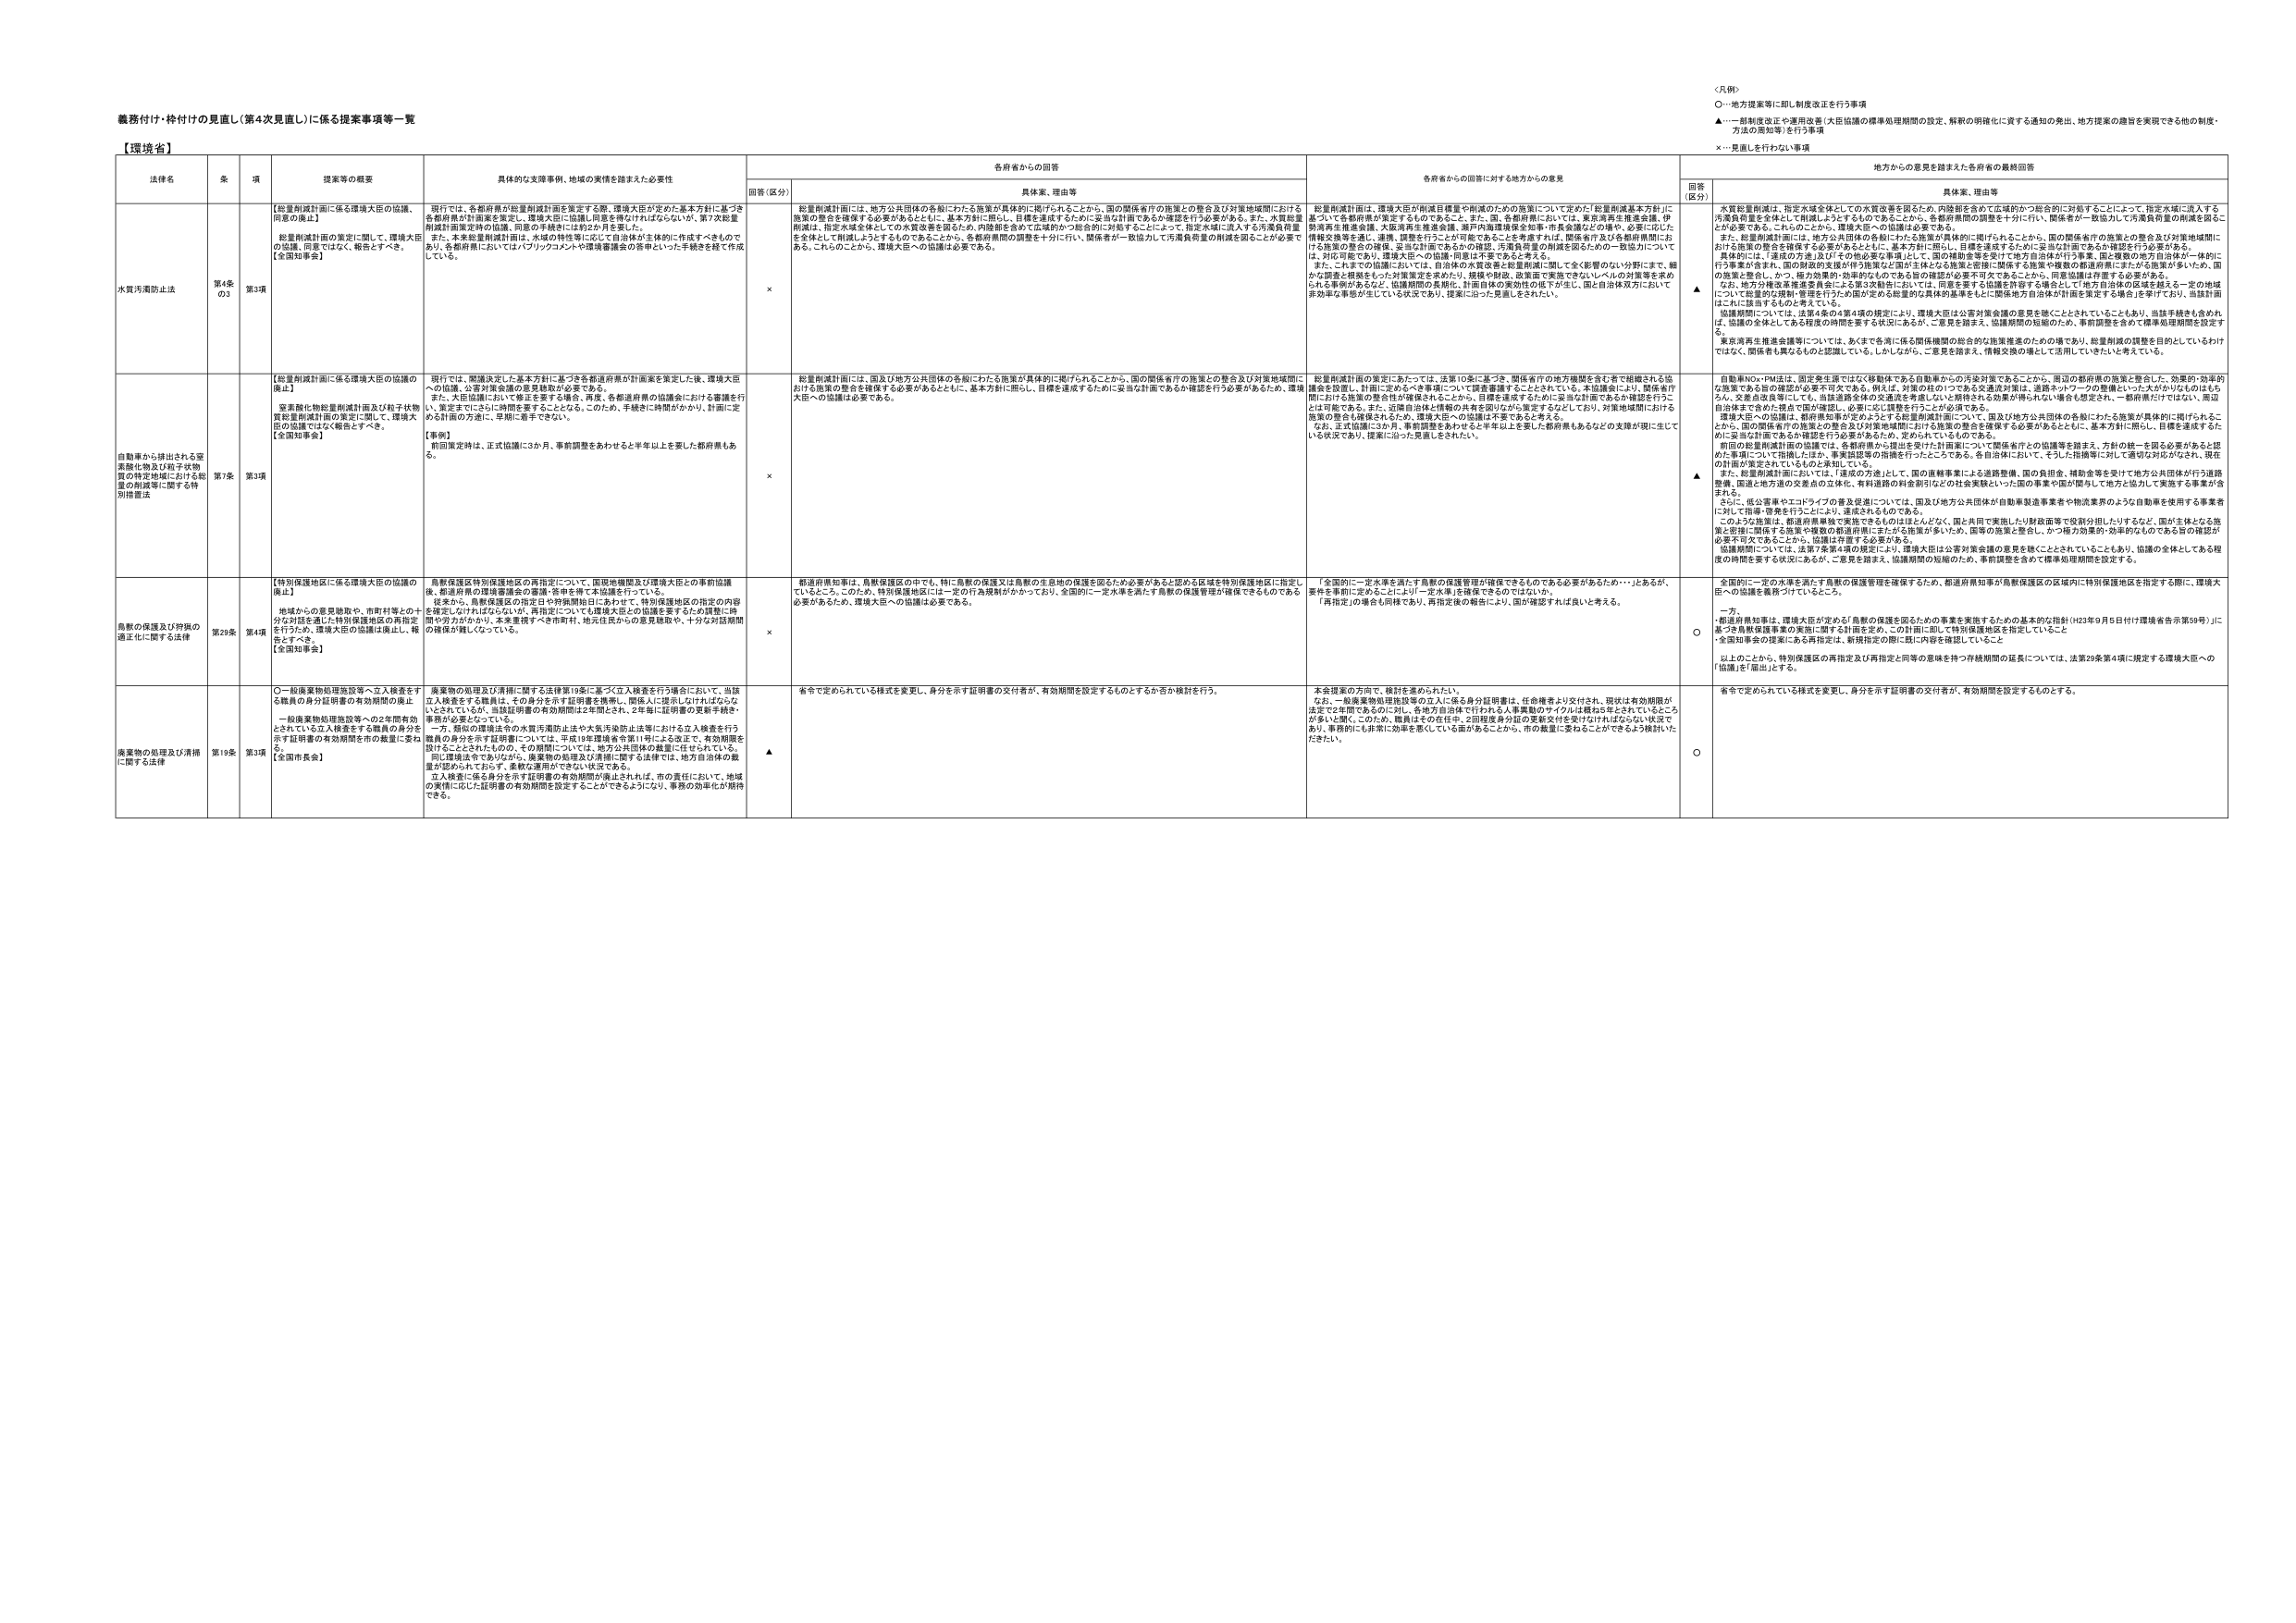
義務付け・枠付けの見直し（第4次見直し）に係る提案事項等一覧

【環境省】

法律名 | 条 | 項 | 提案等の概要 | 具体的な支援事例、地域の実情を踏まえた必要性 | 各所有からの回答 | 各所有からの回答に対する地方からの意見 | 地方からの意見を踏まえた各所有の最終回答
--- | --- | --- | --- | --- | --- | --- | ---
| | | | | 回答（区分） | 具体案、理由等 | | 回答（区分） | 具体案、理由等

水質汚濁防止法 | 第4条の3 | 第3項 | 【総量削減計画に係る環境大臣の協議、同意の廃止】<br>総量削減計画の策定に関して、環境大臣の協議、同意ではなく、報告とすべき。<br>【全国知事会】 | 現行では、各都府県が総量削減計画を策定する際、環境大臣が定めた基本方針に基づき各都府県が計画案を策定し、環境大臣に協議・同意を要付けられているが、第7次総量削減計画策定時の協議、同意の手続きには約2か月を要した。<br>また、本来総量削減計画は、水域の特性等に応じて自治体が主体的に作成すべきものであり、各都府県においてはパブリックコメントや環境調査の結果といった手続きを経て作成している。 | × | 総量削減計画は、地方公共団体の各般にわたる施策が具体的に掲げられることから、国の関係省庁の施策との整合及び対策地域間における施策の整合を確保する必要があるとともに、基本方針に照らし、目標を達成するために妥当な計画であるか確認を行う必要がある。また、水質総量削減は、指定水域全体としての水質改善を図るため、内陸部を含めて広域的かつ総合的に対処することによって、指定水域に流入する汚濁負荷量を全体として削減しようとするものであることから、各都府県間の調整を十分に行い、関係者が一致協力して汚濁負荷量の削減を図ることが必要である。これらのことから、環境大臣への協議は必要である。 | 総量削減計画は、環境大臣が削減目標量や削減のための施策について定めた「総量削減基本方針」に基づいて各都府県が策定するものであることから、各都府県においては、事前調整会議委員会、伊勢湾再生推進会議、大阪湾再生推進会議、瀬戸内海環境保全知事・市長会議などの場や、必要に応じた情報交換等を通じ、連携、調整を行うことが可能であることを考慮する。関係省庁及び各都府県間においても施策の整合の検証、妥当な計画であるかの確認、汚濁負荷量の削減を図るための一致協力については、対応可能であり、環境大臣への協議・同意は不要であると考える。<br>また、これまでの協議においては、自治体の水質改善と総量削減に関して全く影響のない分野にまで、細かな調査と根拠をもった対策策定を求めたり、規模や財政、政策面で実施できないレベルの対策等を求められる事例があるなど、協議期間の長期化、計画自体の実効性の低下が生じ、国と自治体双方において非効率な事態が生じている状況であり、提案に沿った見直しがされたい。 | ▲ | 水質総量削減は、指定水域全体としての水質改善を図るため、内陸部を含めて広域的かつ総合的に対処することによって、指定水域に流入する汚濁負荷量を全体として削減しようとするものであることから、各都府県間の調整を十分に行い、関係者が一致協力して汚濁負荷量の削減を図ることが必要である。このことから、環境大臣への協議は必要である。<br>また、総量削減計画には、地方公共団体の各般にわたる施策が具体的に掲げられることから、国の関係省庁の施策との整合及び対策地域間における施策の整合を確保する必要があるとともに、基本方針に照らし、目標を達成するために妥当な計画であるか確認を行う必要がある。<br>具体的には、「達成の方法」及び「その他の必要な事項」として、国の補助金等を受けて地方自治体が行う事業、国と複数の地方自治体が一体的に行う事業が含まれ、国の財政的支援が伴う施策など国が主体となる施策と密接に関係する施策や複数の都道府県にまたがる施策が多いため、国の施策と整合し、かつ、極力効果的・効率的であるための総合的な検討が必要不可欠であるところから、同意協議は存続する必要がある。<br>なお、地方分権改革推進委員会による第3次勧告においては、同意を要する協議を許容する場合として地方自治体の区域を越える一定の地域について総量的な規制・管理を行うために国が定める総量的な具体的基準をもとに関係地方自治体が計画を策定する場合を挙げており、当該計画はこれに該当するものと考えている。<br>協議期間については、法第4条の4第4項の規定により、環境大臣は公害対策会議の意見を聴くこととされていることもあり、当該手続きも含めれば、協議の全体としてある程度の時間を要する状況にあるが、ご意見を踏まえ、協議期間の短縮のため、事前調整を含めて標準処理期間を設定するほか、関係省も関わるものを把握している。しかしながら、ご意見を踏まえ、情報交換の場として活用していきたいと考えている。<br>東京湾再生推進会議等については、あくまで各県に係る関係機関の総合的な施策推進のための場であり、総量削減の調整を目的としているわけではなく、関係省も関わるものを把握している。しかしながら、ご意見を踏まえ、情報交換の場として活用していきたいと考えている。

自動車から排出される窒素酸化物及び粒子状物質の特定地域における総量の削減等に関する特別措置法 | 第7条 | 第3項 | 【総量削減計画に係る環境大臣の協議の廃止】<br>窒素酸化物総量削減計画及び粒子状物質総量削減計画の策定に関して、環境大臣の協議ではなく報告とすべき。<br>【全国知事会】 | 現行では、閣議決定した基本方針に基づき各都道府県が計画案を策定した後、環境大臣への協議、公害対策会議の意見聴取が必要である。<br>また、大臣協議において修正を要する場合、再度、各都道府県の協議会における審議を行い、策定までにさらに時間を要することとなる。このため、手続きに時間がかかり、計画に定める計画の方法に、早期に着手できない。<br>【事例】<br>前回策定時は、正式協議に3か月、事前調整をあわせると半年以上を要した都府県もある。 | × | 総量削減計画には、国及び地方公共団体の各般にわたる施策が具体的に掲げられることから、国の関係省庁の施策との整合及び対策地域間における施策の整合を確保する必要があるとともに、基本方針に照らし、目標を達成するために妥当な計画であるか確認を行う必要があるため、環境大臣への協議は必要である。 | 総量削減計画の策定にあたっては、法第10条に基づき、関係省庁の地方機関を含む者で組織される協議会を設置し、計画に定めるべき事項について調整審議することとされている。本協議会により、関係省庁間における施策の整合性が確保されることから、目標を達成するために妥当な計画であるか確認を行うことは可能である。また、近隣自治体と情報の共有を図りながら策定することにより、対策地域間における施策の整合も確保されるため、環境大臣への協議は不要であると考える。<br>なお、正式協議に3か月、事前調整をあわせると半年以上を要した都府県もあるなどの支障が現に生じている状況であり、提案に沿った見直しがされたい。 | ▲ | 自動車NOx・PMは、固定発生源ではなく移動体である自動車からの汚染対策であることから、周辺の都府県の施策と整合した、効果的・効率的な施策である旨の確認が必要不可欠である。例えば、対策の柱の1つである交通流対策は、道路ネットワークの整備といった大がかりなものももちろん、交通負荷度等にしても、当該道路全体の交通流を考慮しないと期待される効果が得られない場合も想定され、一部府県だけではばい、周辺自治体まで含めた視点で国が確認し、必要に応じ調整を行うことが必要である。<br>環境大臣への協議は、都府県知事が必要とすると総量削減計画について、国及び地方公共団体の各般にわたる施策が具体的に掲げられることから、国の関係省庁の施策との整合及び対策地域間における施策の整合を確保する必要があるとともに、基本方針に照らし、目標を達成するために妥当な計画であるか確認を行う必要があるため、定められているものである。<br>前回の総量削減計画の協議では、各都府県から提出を受けた計画案について関係省庁との協議等を踏まえ、方針の統一を図る必要があると認めた事項について指摘したほか、事業規模等の指摘を行ったことである。各自治体において、そうした指摘等に対して適切な対応がなされ、現在の計画が策定されているものと承知している。<br>また、総量削減計画においては、「違反の方法」として、国の直轄事業による道路整備、国の負担金、補助金等を受けて地方公共団体が行う道路整備、国道土地方道の交差点の立体化、有料道路の料金割引などの社会環境といった国の事業や国が関与して地方と協力して実施する事業が含まれる。<br>さらに、低公害車やエコドライブの普及促進については、国及び地方公共団体が自動車製造業者や物流業者とのような自動車を使用する事業者に対して指導・啓発を行うことにより、達成されるものである。<br>このような施策は、都道府県単独で実施できるものはほとんどなく、国と共同で実施したり財政面等で役割分担したりするなど、国が主体となる施策と密接に関係する施策や複数の都道府県にまたがる施策が多いため、国等の施策と整合し、かつ極力効果的・効率的であるための旨の確認が必要不可欠であることから、協議は存置する必要がある。<br>協議期間については、法第7条第4項の規定により、環境大臣は公害対策会議の意見を聴くこととされていることもあり、協議の全体としてある程度の時間を要する状況にあるが、ご意見を踏まえ、協議期間の短縮のため、事前調整を含めて標準処理期間を設定する。

鳥獣の保護及び狩猟の適正化に関する法律 | 第29条 | 第4項 | 【特別保護地区に係る環境大臣の協議の廃止】<br>地域からの意見聴取や、市町村等との十分な対話を通じた特別保護地区の再指定を行うため、環境大臣の協議は廃止し、報告とすべき。<br>【全国知事会】 | 鳥獣保護区特別保護地区の再指定について、国境地帯及び環境大臣との事前協議は、都道府県の環境審議会の審議・合意を得て本協議を行っている。<br>従来から、鳥獣保護区の指定日や特保護地日にあたって、特別保護地区の指定の内容を策定しなければならないが、再指定についても環境大臣との協議を要するため調整に時間がかかりがちであり、本を重視すべき市町村、地元住民からの意見聴取や、十分な対話期間の確保が難しくなっている。 | × | 都道府県知事は、鳥獣保護区の中でも、特に鳥獣の保護又は鳥獣の生息地の保護を図るため必要があると認める区域を特別保護地区に指定しているところ。このため、特別保護地区には一定の行為規制がかかっており、全国的に一定水準を満たす鳥獣の保護管理が確保できるものである必要があるため、環境大臣への協議は必要である。 | 「全国的に一定水準を満たす鳥獣の保護管理が確保できるものである必要があるため……」とあるが、要件を事前に定めることにより「一定水準」を確保できるのではないか。<br>「再指定」の場合は同様であり、再指定後の報告により、国が確認すれば良いと考える。 | ○ | 全国的に一定の水準を満たす鳥獣の保護管理を確保するため、都道府県知事が鳥獣保護区の区域内に特別保護地区を指定する際に、環境大臣への協議を義務づけているところ。<br>一方、<br>都道府県知事は、環境大臣が定める「鳥獣の保護を図るための事業を実施するための基本的な指針（H23年9月5日付け環境省告示第59号）」に基づき鳥獣保護事業の実施に関する計画を定め、この計画に即して特別保護地区を指定していること<br>・全国知事会の提案にある再指定は、新規指定の際に既に内容を確認していること<br>以上のことから、特別保護区の再指定及び再指定と同等の意味を持つ存続期間の延長については、法第29条第4項に規定する環境大臣への「協議」を「届出」とする。

廃棄物の処理及び清掃に関する法律 | 第19条 | 第3項 | ○一般廃棄物処理施設等へ立入検査をする職員の身分証明書の有効期間の廃止<br>一般廃棄物処理施設等への2年間有効とされている立入検査をする職員の身分を示す証明書の有効期間を市の裁量に委ねる。<br>【全国知事会】 | 廃棄物の処理及び清掃に関する法律第19条に基づく立入検査を行う場合において、当該立入検査をする職員は、その身分を示す証明書を携帯し、関係人に提示しなければならないとされているが、当該証明書の有効期間は2年間とされ、2年毎に証明書の更新手続き・事務が必要となっている。<br>一方、類似の環境法令の水質汚濁防止法や大気汚染防止法等における立入検査を行う職員の身分を示す証明書については、平成19年環境省令第11号による改正で、有効期限を設けることとされたものの、その期間については、地方公共団体の裁量に任されている。<br>同じ環境法令でありながら、廃棄物の処理及び清掃に関する法律では、地方自治体の裁量が認められておらず、多数な運用ができにくい状況である。<br>立入検査に係る身分を示す証明書の有効期間が廃止されれば、市の責任において、地域の実情に応じた証明書の有効期間を設定することができるようになり、事務の効率化が期待できる。 | ▲ | 省令で定められている様式を変更し、身分を示す証明書の交付者が、有効期間を設定するものとするか否か検討を行う。 | 本会提案の方向で、検討を進められたい。<br>なお、一般廃棄物処理施設等の立入に係る身分証明書は、任命権者より交付され、現状は有効期限が法定で2年間であるのに加え、各地方自治体で行われる人事異動のサイクルは概ね5年とされているところが多いと聞くことから、職員はその在任中、2回程度身分証の更新交付を受けなければならない状況であり、事務的にも非常に効率を悪くしている面があることから、市の裁量に委ねることができよう検討いただきたい。 | ○ | 省令で定められている様式を変更し、身分を示す証明書の交付者が、有効期間を設定するものとする。

＜凡例＞<br>○…地方提案等に即し制度改正を行う事項<br>▲…一部制度改正や運用改善（大臣協議の標準処理期間の設定、解釈の明確化に資する通知の発出、地方提案の趣旨を実現できる他の制度・方法の周知等）を行う事項<br>×…見直しを行わない事項